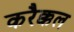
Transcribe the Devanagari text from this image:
करैक्कल